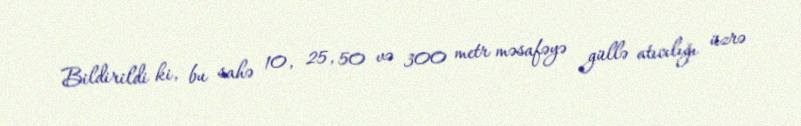
Bildirildi ki, bu sahə 10, 25, 50 və 300 metr məsafəyə güllə atıcılığı üzrə